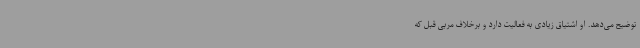
توضیح می‌دهد. او اشتیاق زیادی به فعالیت دارد و برخلاف مربی قبل که